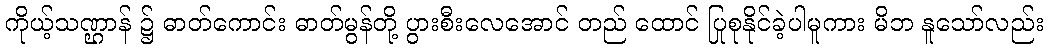
ကိုယ့်သဏ္ဌာန် ၌ ဓာတ်ကောင်း ဓာတ်မွန်တို့ ပွားစီးလေအောင် တည် ထောင် ပြုစုနိုင်ခဲ့ပါမူကား မိဘ နူသော်လည်း